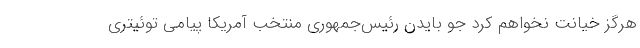
هرگز خیانت نخواهم کرد جو بایدن رئیس‌جمهوری منتخب آمریکا پیامی توئیتری